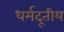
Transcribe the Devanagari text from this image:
धर्मदूतीय